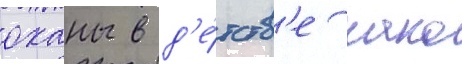
оханы в д'е́тств'е нако